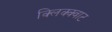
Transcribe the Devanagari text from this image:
क्लिक्क्वाट